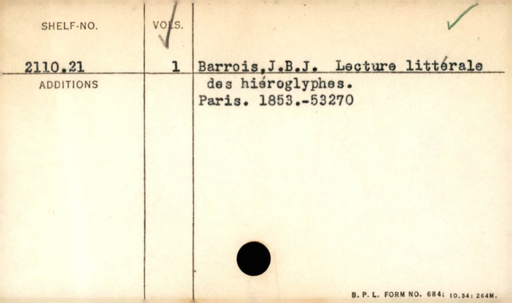
Label: content